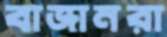
বাজানরা